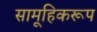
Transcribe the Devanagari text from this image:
सामूहिकरूप